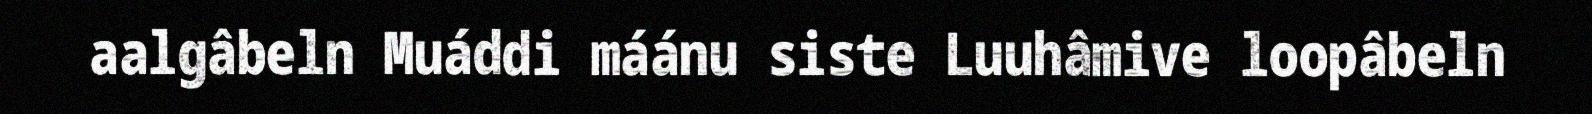
aalgâbeln Muáddi máánu siste Luuhâmive loopâbeln